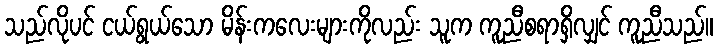
သည်လိုပင် ငယ်ရွယ်သော မိန်းကလေးများကိုလည်း သူက ကူညီစရာရှိလျှင် ကူညီသည်။